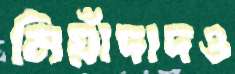
মিয়াঁদাদও